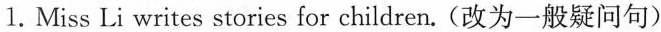
1.Miss Li writes stories for children.(改为一般疑问句)